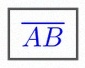
\overline{AB}